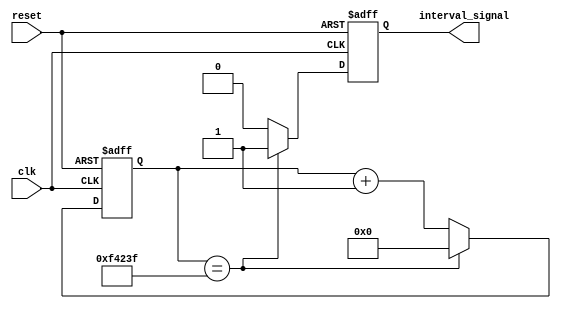
module IntervalTimer (
    input wire clk,
    input wire reset,
    output reg interval_signal
);

reg [23:0] counter;

always @(posedge clk or posedge reset) begin
    if (reset) begin
        counter <= 0;
        interval_signal <= 0;
    end else begin
        counter <= counter + 1;
        if (counter == 24'd999999) begin
            counter <= 0;
            interval_signal <= 1;
        end else begin
            interval_signal <= 0;
        end
    end
end

endmodule